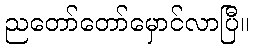
ညတော်တော်မှောင်လာပြီ။